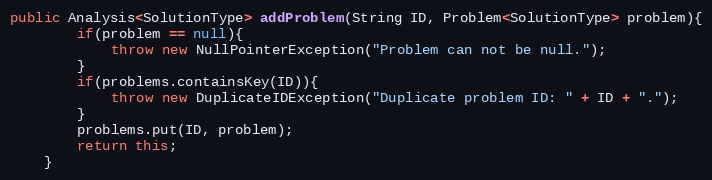
Language: Java
public Analysis<SolutionType> addProblem(String ID, Problem<SolutionType> problem){
        if(problem == null){
            throw new NullPointerException("Problem can not be null.");
        }
        if(problems.containsKey(ID)){
            throw new DuplicateIDException("Duplicate problem ID: " + ID + ".");
        }
        problems.put(ID, problem);
        return this;
    }